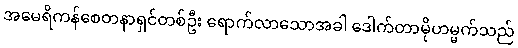
အမေရိကန်စေတနာရှင်တစ်ဦး ရောက်လာသောအခါ ဒေါက်တာမိုဟမ္မက်သည်